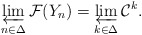
\begin{align*}\varprojlim_{n\in\Delta} \mathcal F(Y_n) = \varprojlim_{k\in\Delta} \mathcal C^k.\end{align*}